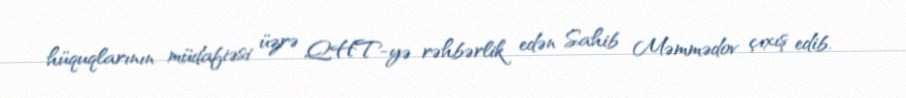
hüquqlarının müdafiəsi üzrə QHT-yə rəhbərlik edən Sahib Məmmədov çıxış edib.